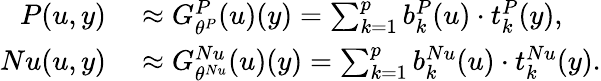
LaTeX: \begin{array}{rl}{P(u,y)}&{{}\approx G_{\theta^{P}}^{P}(u)(y)=\sum_{k=1}^{p}b_{k}^{P}(u)\cdot t_{k}^{P}(y),}\\ {Nu(u,y)}&{{}\approx G_{\theta^{Nu}}^{Nu}(u)(y)=\sum_{k=1}^{p}b_{k}^{Nu}(u)\cdot t_{k}^{Nu}(y).}\end{array}